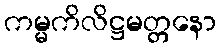
ကမ္မကိလိဋ္ဌမတ္တနော